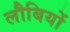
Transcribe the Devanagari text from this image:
लौबियों